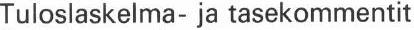
Tuloslaskelma- ja tasekommentit